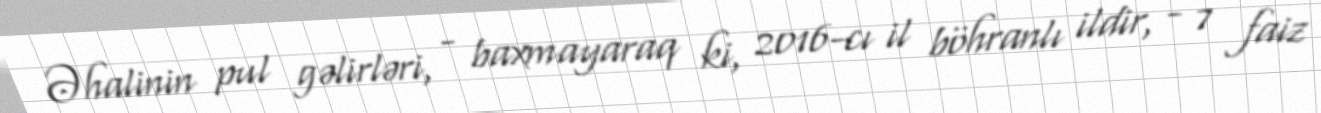
Əhalinin pul gəlirləri, - baxmayaraq ki, 2016-cı il böhranlı ildir, - 7 faiz